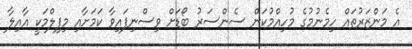
އެ މަންޒަރުތައް ހިމެނުމުގެ މުހިއްމުކަން ސެންސަރު ބޯޑަށް ވިސްނިފައިވާ ކަމަށާއި މިފިލްމަކީ އާއިލާ